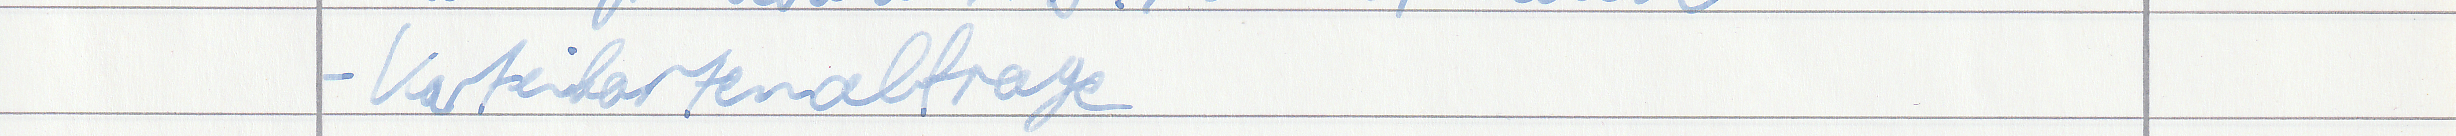
- Karteikartenabfrage